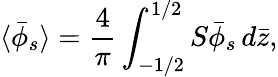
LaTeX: \langle\bar{\phi}_{s}\rangle=\frac{4}{\pi}\int_{-1/2}^{1/2}S\bar{\phi}_{s}\, d\bar{z},